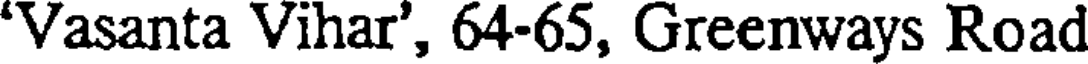
'Vasanta Vihar', 64-65, Greenways Road